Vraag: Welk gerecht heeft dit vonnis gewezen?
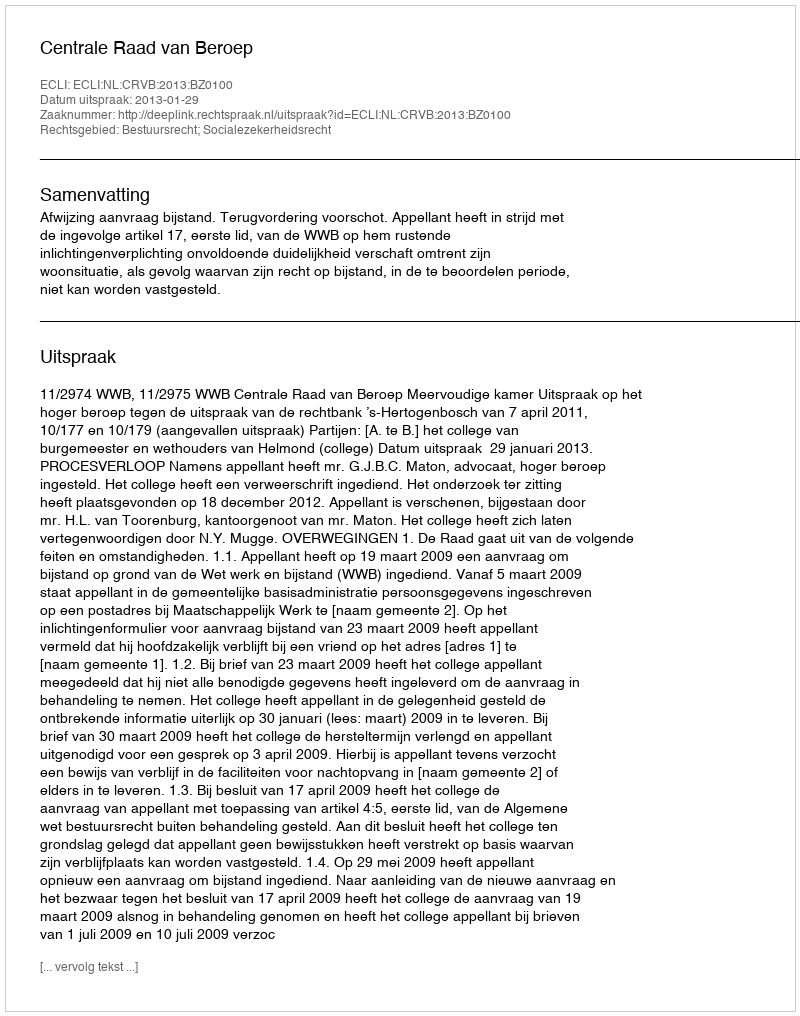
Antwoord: Centrale Raad van Beroep